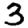
Digit: 3